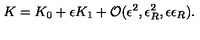
K = K _ { 0 } + \epsilon K _ { 1 } + { \cal O } ( \epsilon ^ { 2 } , \epsilon _ { R } ^ { 2 } , \epsilon \epsilon _ { R } ) .